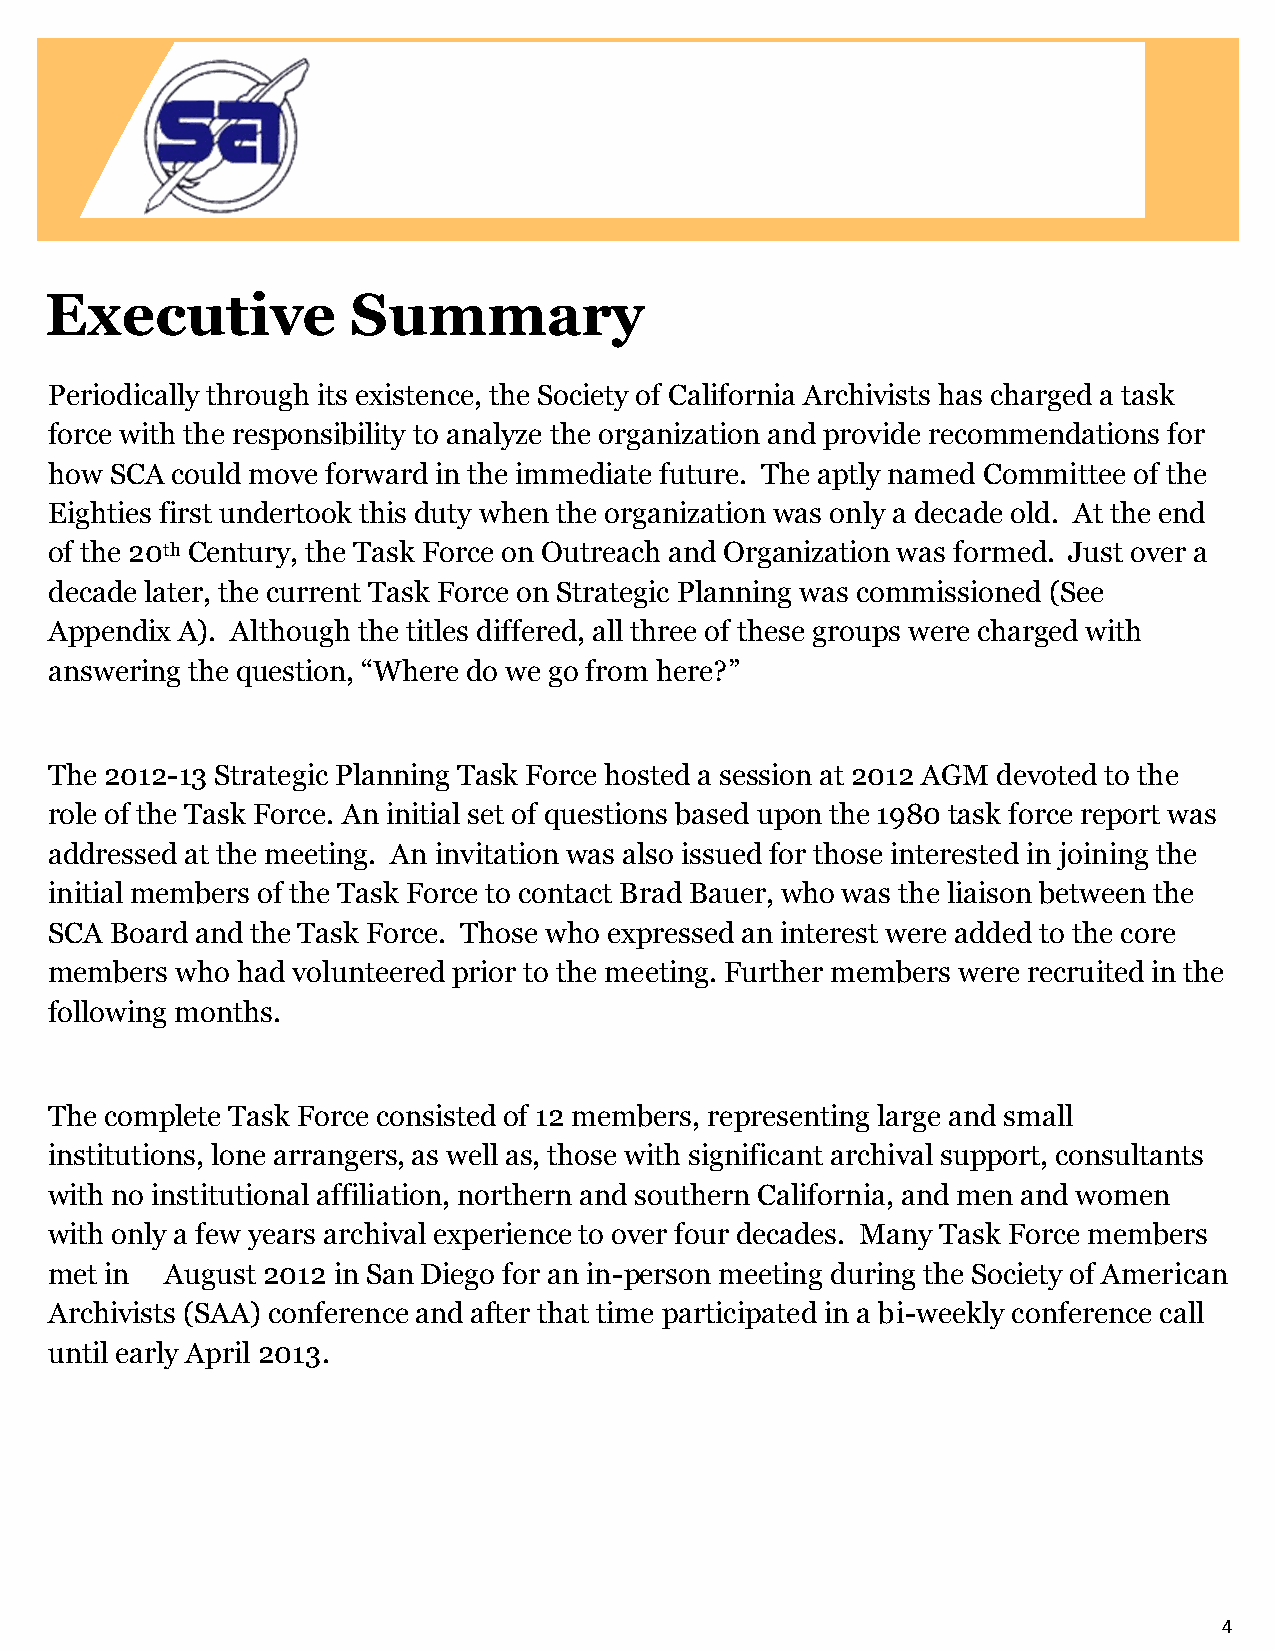
Executive           Summary
 Periodically through its existence, the Society of California Archivists has charged a task
 force with the responsibility to analyze the organization and provide recommendations for
 how SCA could move forward in the immediate future. The aptly named Committee of the
 Eighties first undertook this duty when the organization was only a decade old. At the end
 of the 20th Century, the Task Force on Outreach and Organization was formed. Just over a
 decade later, the current Task Force on Strategic Planning was commissioned (See
 Appendix A). Although the titles differed, all three of these groups were charged with
 answering the question, “Where do we go from here?”
 The 2012-13 Strategic Planning Task Force hosted a session at 2012 AGM devoted to the
 role of the Task Force. An initial set of questions based upon the 1980 task force report was
 addressed at the meeting. An invitation was also issued for those interested in joining the
 initial members of the Task Force to contact Brad Bauer, who was the liaison between the
 SCA Board and the Task Force. Those who expressed an interest were added to the core
 members  who had volunteered prior to the meeting. Further members were recruited in the
 following months.
 The complete Task Force consisted of 12 members, representing large and small
 institutions, lone arrangers, as well as, those with significant archival support, consultants
 with no institutional affiliation, northern and southern California, and men and women
 with only a few years archival experience to over four decades. Many Task Force members
 met in  August 2012 in San Diego for an in-person meeting during the Society of American
 Archivists (SAA) conference and after that time participated in a bi-weekly conference call
 until early April 2013.
 4